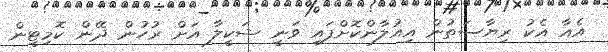
އެއާ އެކު ރިޔާސަތުން އިއުލާންކޮށްފައި ވަނީ ޝަކީލާ އަށް ރުހުން ދޭން ކޮމިޓީން